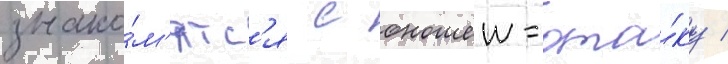
знако́м'ятс'я с юношеи-ота́ку /